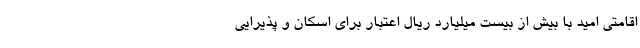
اقامتی امید با بیش از بیست میلیارد ریال اعتبار برای اسکان و پذیرایی